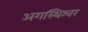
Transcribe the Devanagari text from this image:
अगस्थिश्वर